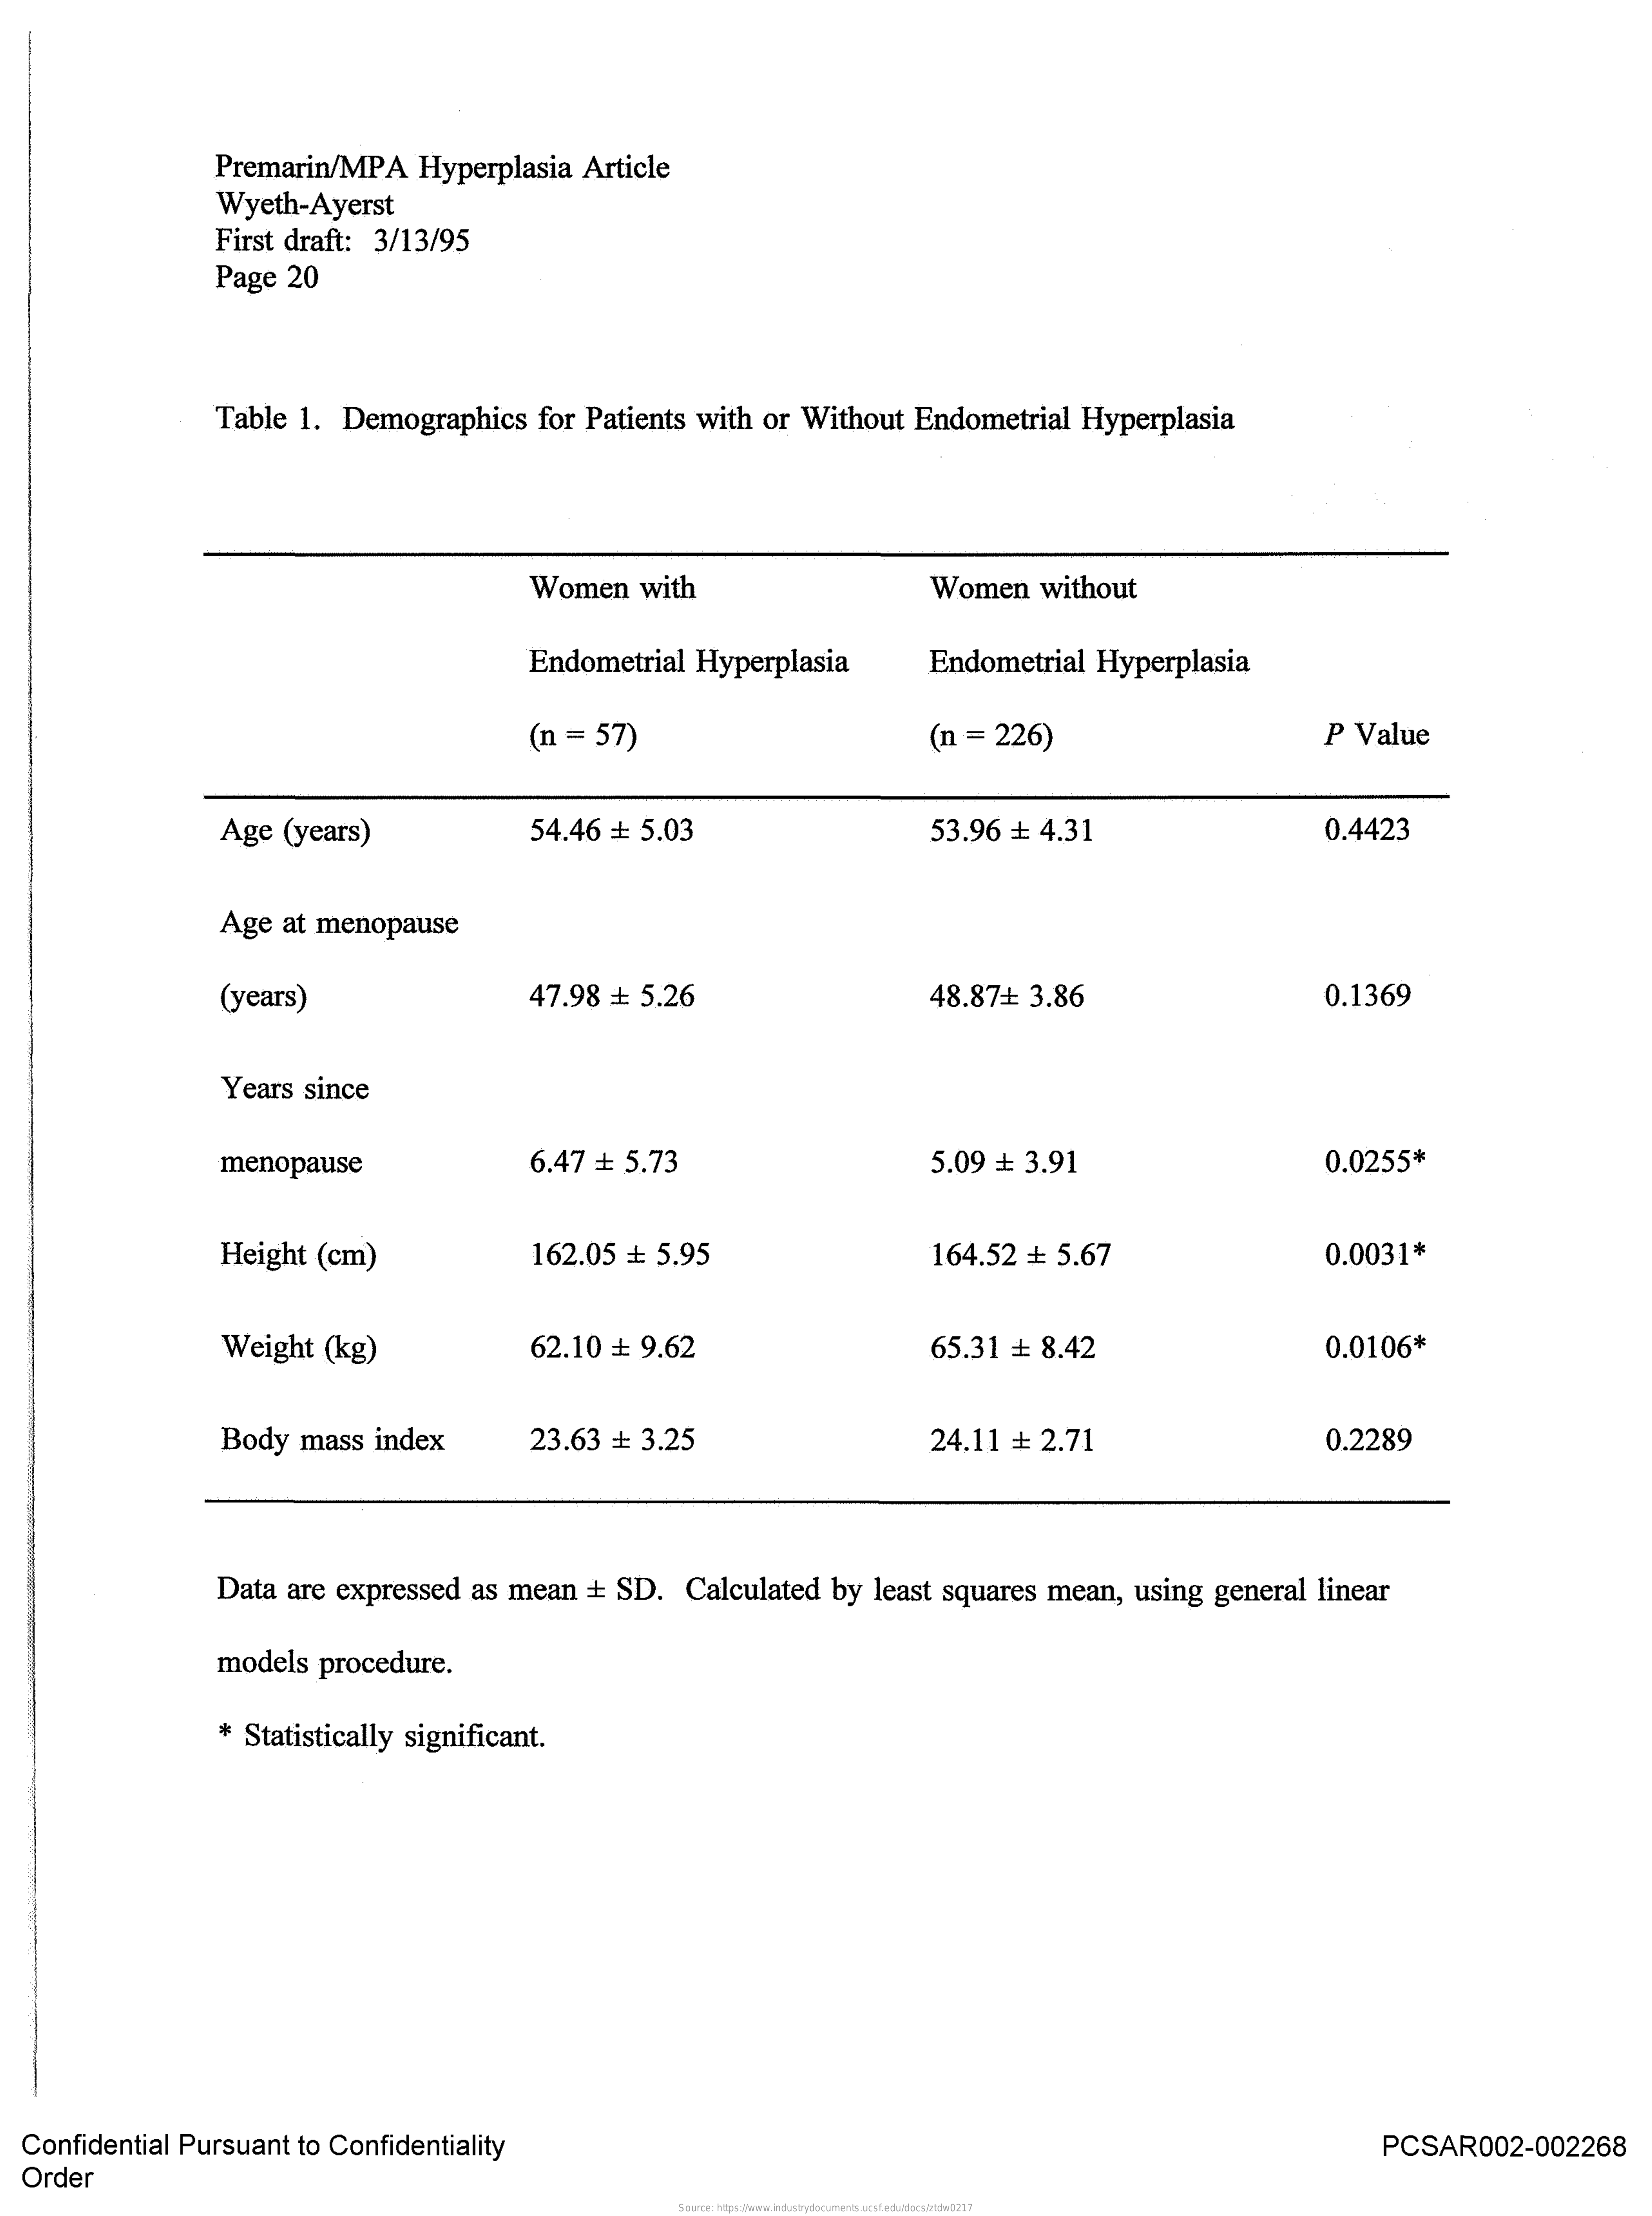
Premarin/MPA Hyperplasia Article
     Wyeth-Ayerst
     First draft: 3/13/95
     Page 20
     Table 1. Demographics for Patients with or Without Endometrial Hyperplasia
     Women  with    Women without
     Endometrial Hyperplasia  Endometrial Hyperplasia
     (n = 57)    (n = 226)    P Value
     Age (years)    54.46 + 5.03    53.96 + 4.31    0.4423
     Age at menopause
     (years)    47.98 + 5.26    48.87+ 3.86    0.1369
     Years since
     menopause    6.47 = 5.73    5.09 ₺ 3.91    0.0255*
     Height (cm)    162.05 ₺ 5.95    164.52 = 5.67    0.0031*
     Weight (kg)    62.10 ₺ 9.62    65.31 = 8.42    0.0106*
     Body mass index    23.63 + 3.25    24.11 ₺ 2.71    0.2289
     Data are expressed as mean + SD. Calculated by least squares mean, using general linear
     models procedure.
     * Statistically significant.
  Confidential Pursuant to Confidentiality    PCSAR002-002268
  Order
     Source: https://www.industrydocuments.ucsf.edu/docs/ztdw0217